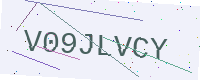
Text: V09JLVCY